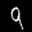
Label: 9